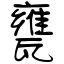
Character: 甕